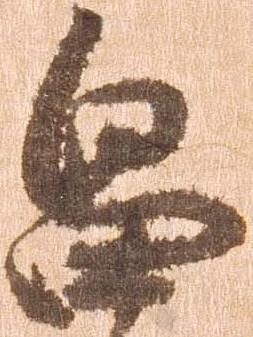
畠